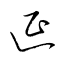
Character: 延